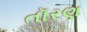
તૉરણ